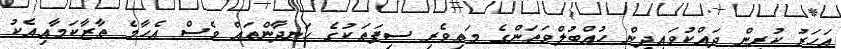
އަހަރު ކުރިން ދައްކުވައިދިން ހުއްބުލްވަތަންގެ މަތިވެރި ސިފަތަކުގެ ހަނދާންތައް ވެސް އެހާމެ ތާޒާކަމާއިއެކު